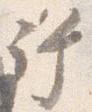
許